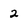
Character: 2